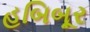
હબિબૂર